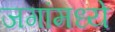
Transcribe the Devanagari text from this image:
जगांमध्ये